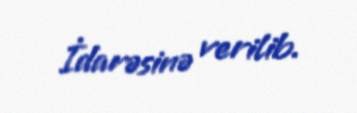
İdarəsinə verilib.